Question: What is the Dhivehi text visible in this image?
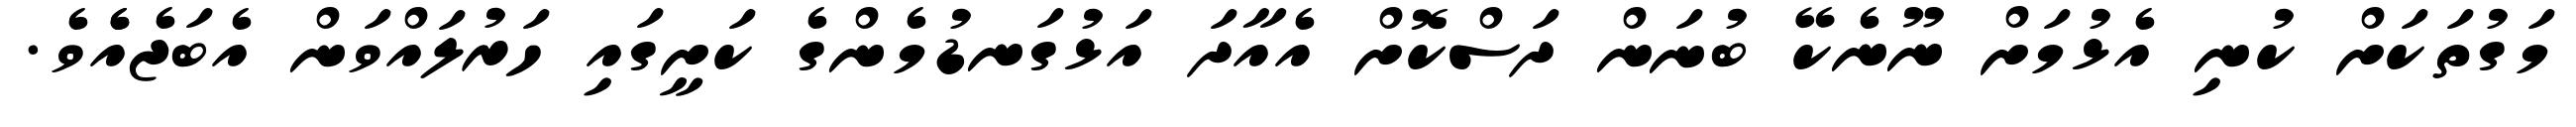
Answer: މަގުތަކަށް ކުނި އެޅުމަށް ނޫނެކޭ ބުނަން ދަސްކޮށް އެއާދަ އަޅުގަނޑުމެންގެ ކަށީގައި ހަރުލައްވަން އެބަޖެއެެވެ.